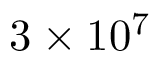
3 \times 1 0 ^ { 7 }